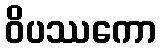
ဝိပဿကော